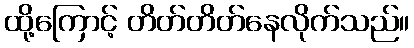
ထို့ကြောင့် တိတ်တိတ်နေလိုက်သည်။